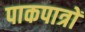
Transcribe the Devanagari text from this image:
पाकपात्रों